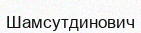
Шамсутдинович